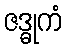
ဇဒ္ဓုကံ